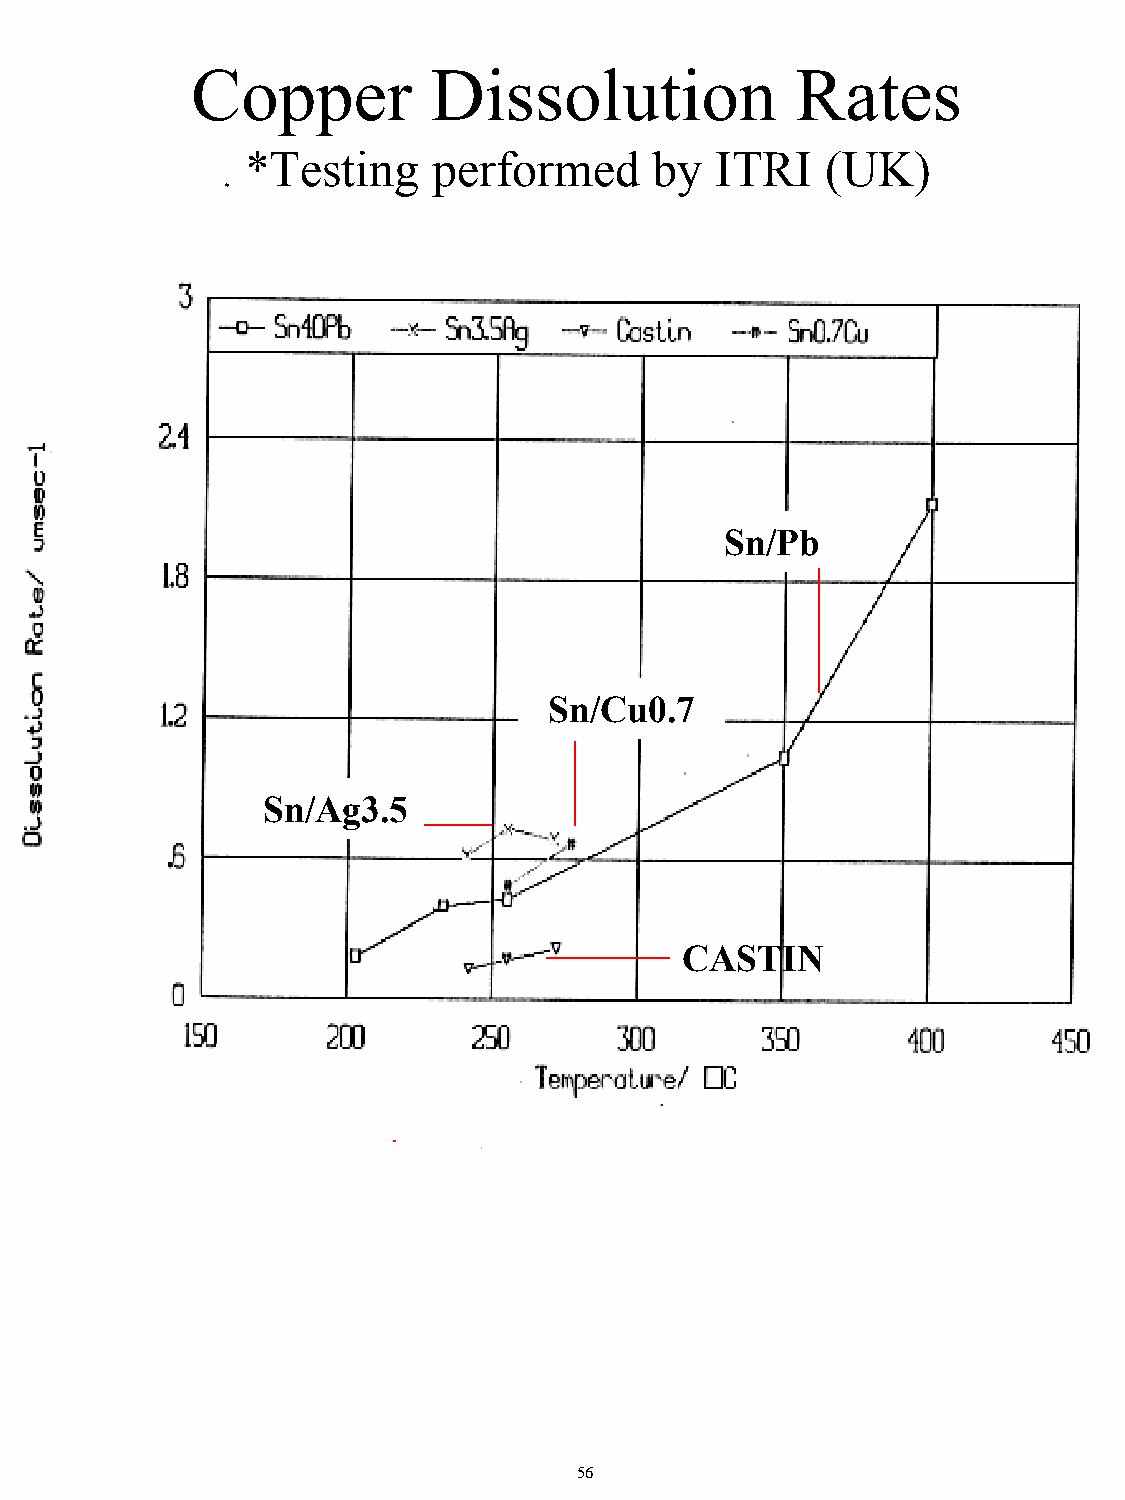
Copper         Dissolution              Rates
 *Testing     performed     by  ITRI    (UK)
 .
 Sn/Pb
 Sn/Cu0.7
 Sn/Ag3.5
 CASTIN
 56